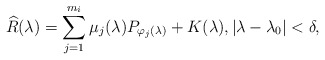
\begin{align*}\widehat{R}(\lambda)=\sum_{j=1}^{m_i} \mu_j(\lambda)P_{\varphi_j(\lambda)}+K(\lambda), |\lambda-\lambda_0|<\delta, \end{align*}